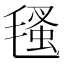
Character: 㲧